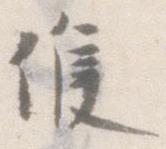
候